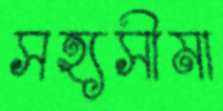
সহ্যসীমা